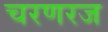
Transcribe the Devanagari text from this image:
चरणरज